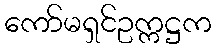
ကော်မရှင်ဥက္ကဋ္ဌက